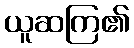
ယူဆကြ၏